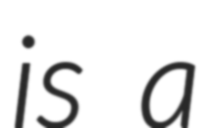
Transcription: is a